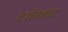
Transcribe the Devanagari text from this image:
दर्शनवाद